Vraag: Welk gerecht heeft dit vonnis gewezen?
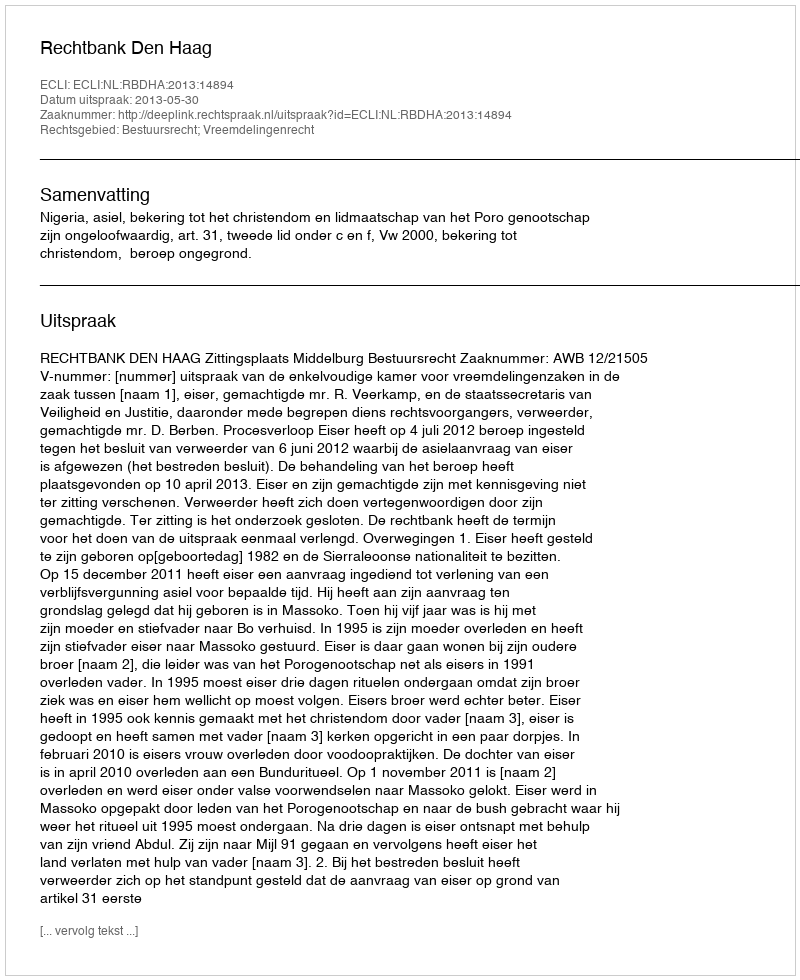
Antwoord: Rechtbank Den Haag